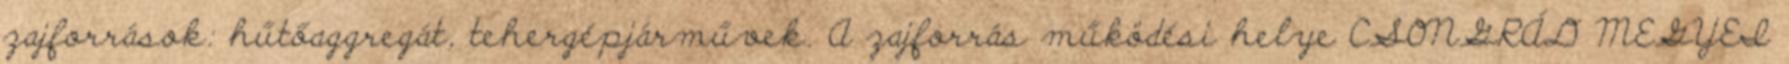
zajforrások: hűtőaggregát, tehergépjárművek. A zajforrás működési helye CSONGRÁD MEGYEI